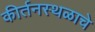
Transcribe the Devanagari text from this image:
कीर्तनस्थळाचे